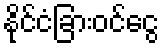
နိုင်ငံခြားဝင်ငွေ